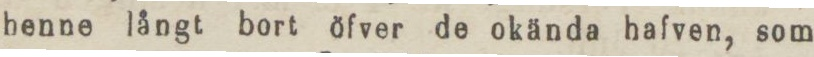
henne långt bort öfver de okända hafven, som